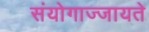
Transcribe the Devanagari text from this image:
संयोगाज्जायते